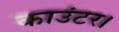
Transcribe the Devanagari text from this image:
काउंटर।